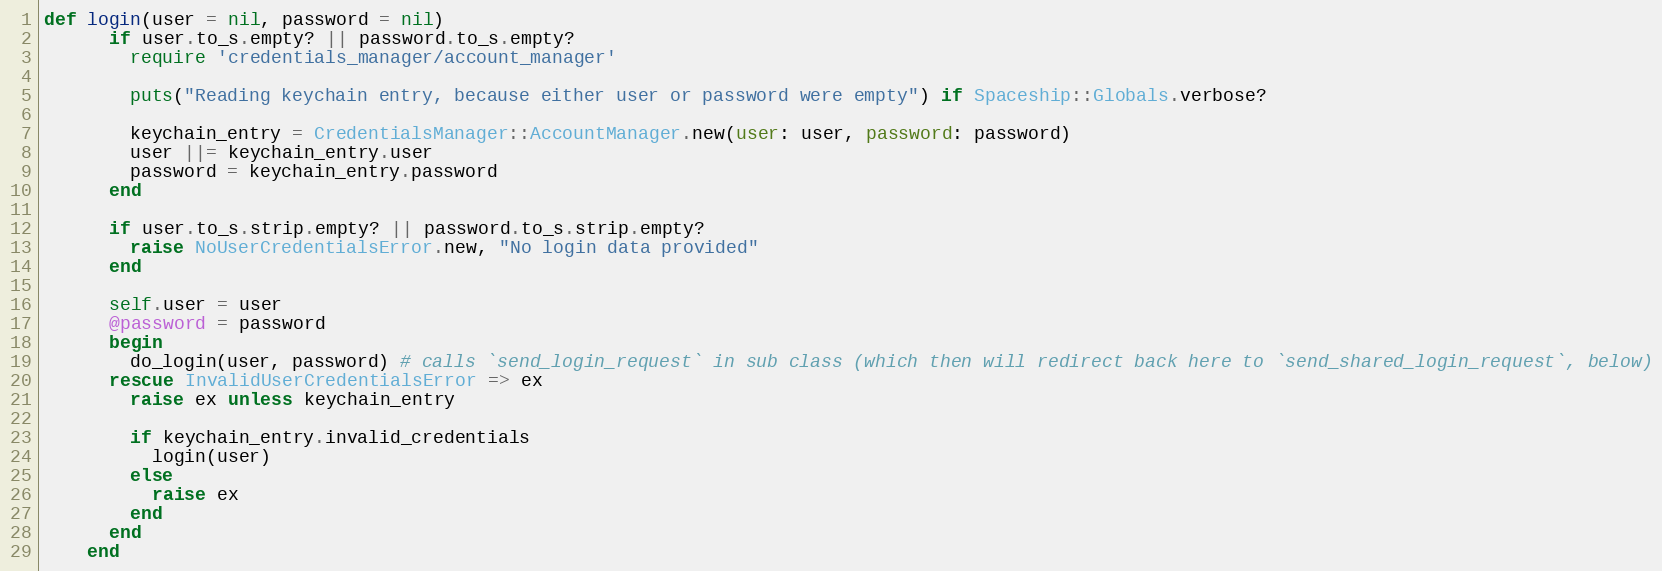
Language: Ruby
def login(user = nil, password = nil)
      if user.to_s.empty? || password.to_s.empty?
        require 'credentials_manager/account_manager'

        puts("Reading keychain entry, because either user or password were empty") if Spaceship::Globals.verbose?

        keychain_entry = CredentialsManager::AccountManager.new(user: user, password: password)
        user ||= keychain_entry.user
        password = keychain_entry.password
      end

      if user.to_s.strip.empty? || password.to_s.strip.empty?
        raise NoUserCredentialsError.new, "No login data provided"
      end

      self.user = user
      @password = password
      begin
        do_login(user, password) # calls `send_login_request` in sub class (which then will redirect back here to `send_shared_login_request`, below)
      rescue InvalidUserCredentialsError => ex
        raise ex unless keychain_entry

        if keychain_entry.invalid_credentials
          login(user)
        else
          raise ex
        end
      end
    end